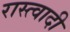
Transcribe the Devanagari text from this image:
रास्त्वादी